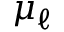
\mu _ { \ell }